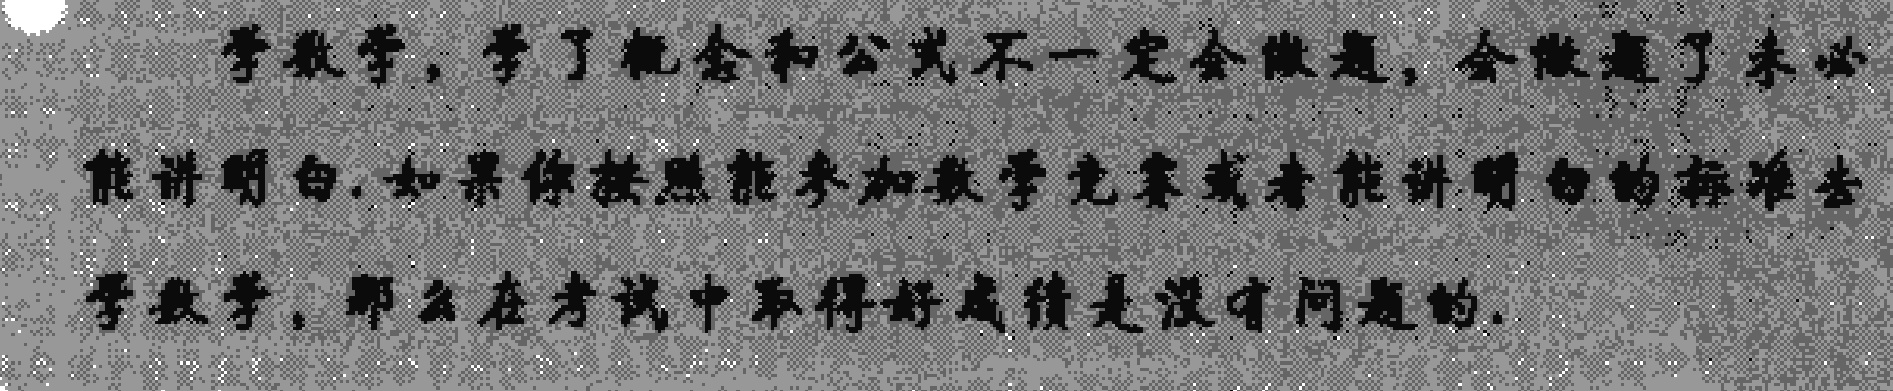
学数学，学了概念和公式不一定会做题，会做题了未必能讲明白.如果你按照能参加数学竞赛或者能讲明白的标准去学数学，那么在考试中取得好成绩是没有问题的.